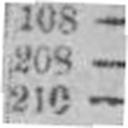
210 —